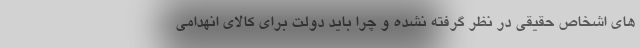
های اشخاص حقیقی در نظر گرفته نشده و چرا باید دولت برای کالای انهدامی